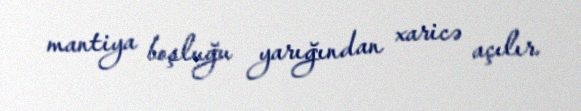
mantiya boşluğu yarığından xaricə açılır.